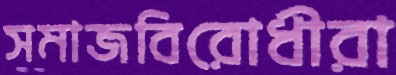
সমাজবিরোধীরা